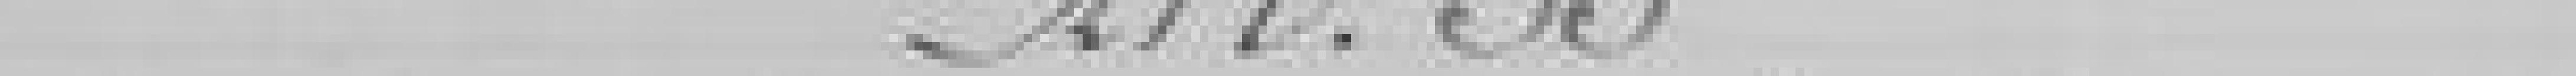
Article 35